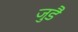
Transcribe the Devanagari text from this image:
जुडै